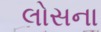
લોસના